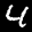
Label: 4